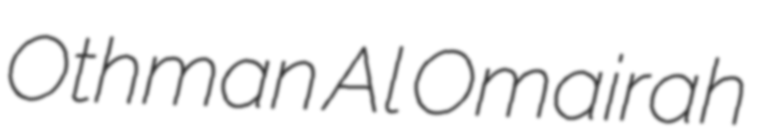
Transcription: Othman Al Omairah